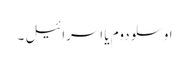
اوسلو دوم یا اسرائیل ۔